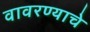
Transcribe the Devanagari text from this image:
वावरण्याचे